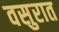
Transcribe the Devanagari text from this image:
वसुरात